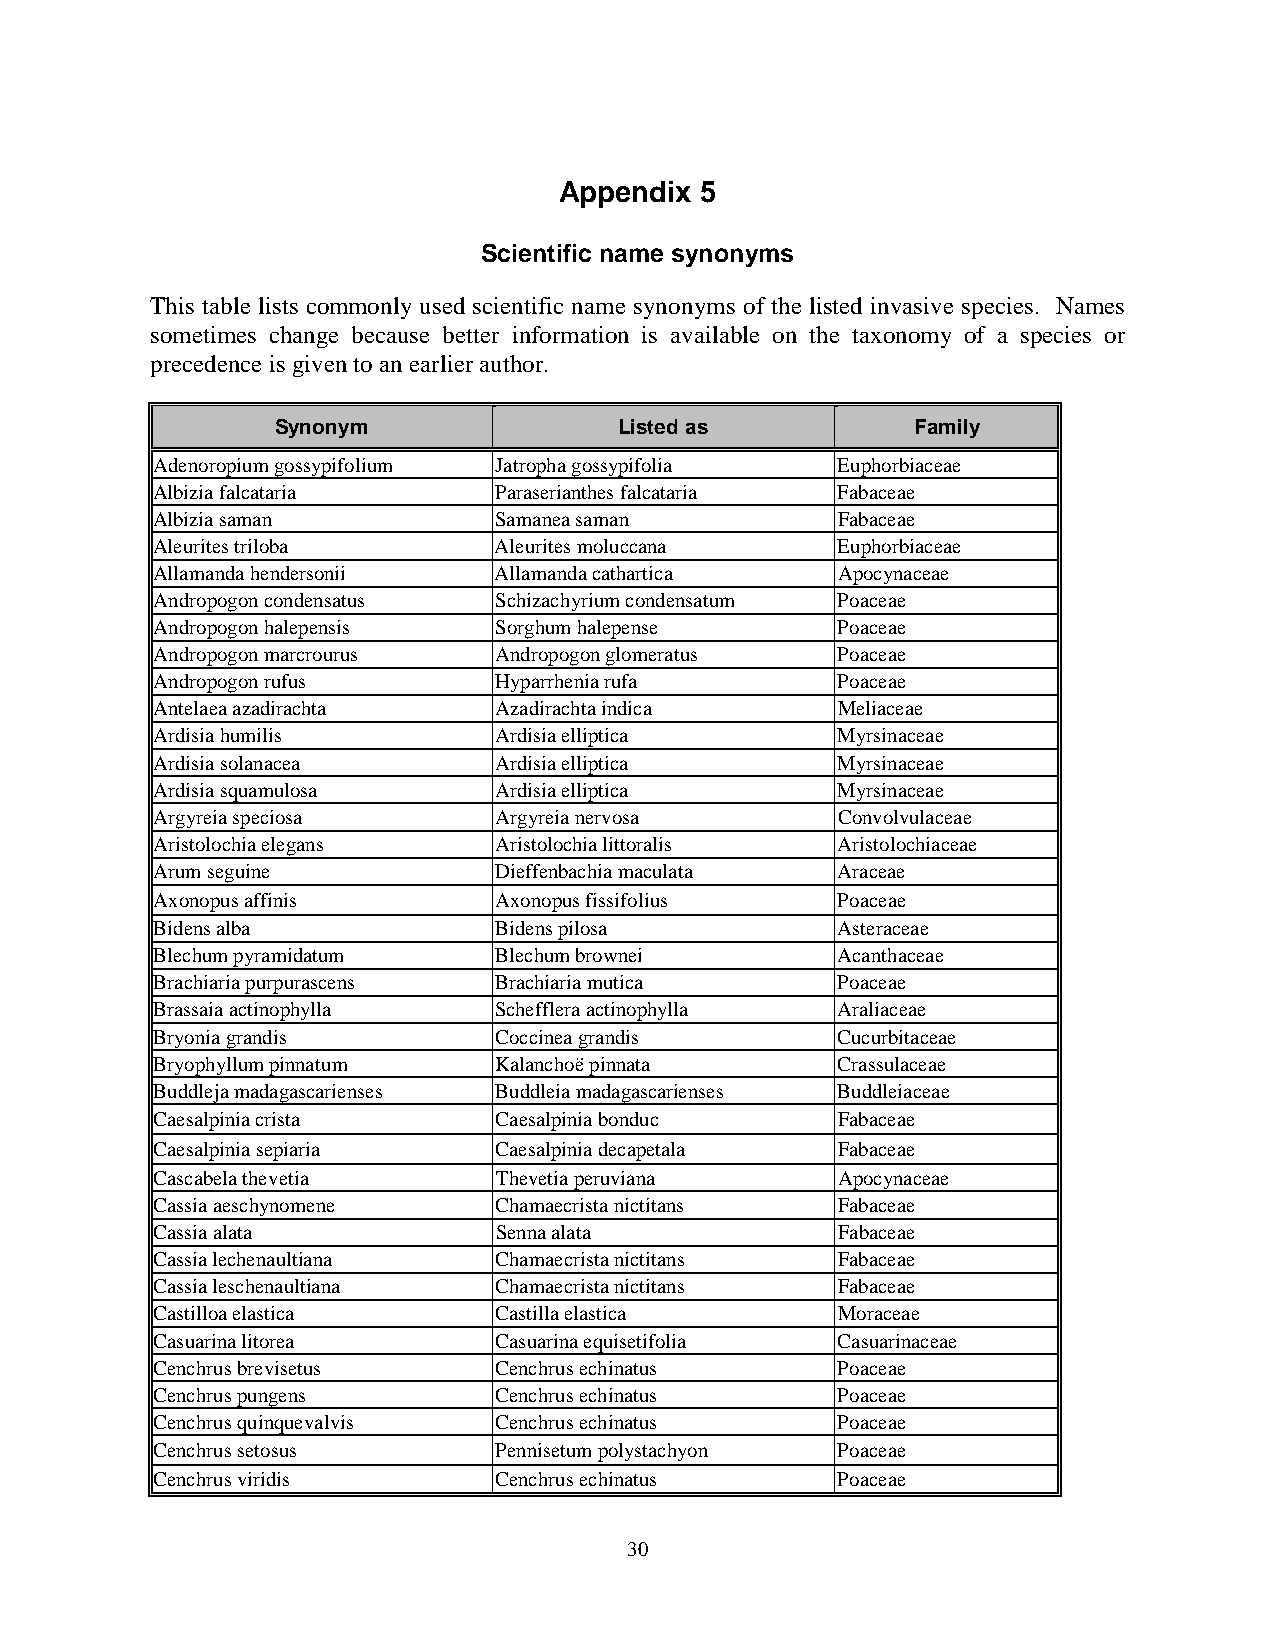
Appendix 5
 Scientific name synonyms
 This table lists commonly used scientific name synonyms of the listed invasive species. Names
 sometimes change because better information is available on the taxonomy of a species or
 precedence is given to an earlier author.
 Synonym                Listed as           Family
 Adenoropium gossypifolium Jatropha gossypifolia Euphorbiaceae
 Albizia falcataria     Paraserianthes falcataria Fabaceae
 Albizia saman          Samanea saman         Fabaceae
 Aleurites triloba      Aleurites moluccana   Euphorbiaceae
 Allamanda hendersonii  Allamanda cathartica  Apocynaceae
 Andropogon condensatus Schizachyrium condensatum Poaceae
 Andropogon halepensis  Sorghum halepense     Poaceae
 Andropogon marcrourus  Andropogon glomeratus Poaceae
 Andropogon rufus       Hyparrhenia rufa      Poaceae
 Antelaea azadirachta   Azadirachta indica    Meliaceae
 Ardisia humilis        Ardisia elliptica     Myrsinaceae
 Ardisia solanacea      Ardisia elliptica     Myrsinaceae
 Ardisia squamulosa     Ardisia elliptica     Myrsinaceae
 Argyreia speciosa      Argyreia nervosa      Convolvulaceae
 Aristolochia elegans   Aristolochia littoralis Aristolochiaceae
 Arum seguine           Dieffenbachia maculata Araceae
 Axonopus affinis       Axonopus fissifolius  Poaceae
 Bidens alba            Bidens pilosa         Asteraceae
 Blechum pyramidatum    Blechum brownei       Acanthaceae
 Brachiaria purpurascens Brachiaria mutica    Poaceae
 Brassaia actinophylla  Schefflera actinophylla Araliaceae
 Bryonia grandis        Coccinea grandis      Cucurbitaceae
 Bryophyllum pinnatum   Kalanchoë pinnata     Crassulaceae
 Buddleja madagascarienses Buddleia madagascarienses Buddleiaceae
 Caesalpinia crista     Caesalpinia bonduc    Fabaceae
 Caesalpinia sepiaria   Caesalpinia decapetala Fabaceae
 Cascabela thevetia     Thevetia peruviana    Apocynaceae
 Cassia aeschynomene    Chamaecrista nictitans Fabaceae
 Cassia alata           Senna alata           Fabaceae
 Cassia lechenaultiana  Chamaecrista nictitans Fabaceae
 Cassia leschenaultiana Chamaecrista nictitans Fabaceae
 Castilloa elastica     Castilla elastica     Moraceae
 Casuarina litorea      Casuarina equisetifolia Casuarinaceae
 Cenchrus brevisetus    Cenchrus echinatus    Poaceae
 Cenchrus pungens       Cenchrus echinatus    Poaceae
 Cenchrus quinquevalvis Cenchrus echinatus    Poaceae
 Cenchrus setosus       Pennisetum polystachyon Poaceae
 Cenchrus viridis       Cenchrus echinatus    Poaceae
 30